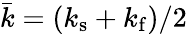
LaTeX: \bar{k}=(k_{\mathrm{s}}+k_{\mathrm{f}})/2